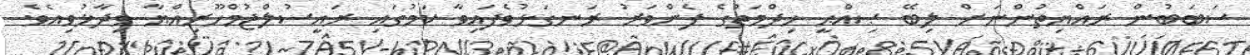
ސަބަބުން ރައްޔިތުންނަށް ލިބޭ ޞިއްޙީ ޚިދްމަތުގެ ފެންވަރު ރަނގަޅުވެފައިވާ ކަމުގައި ރައީސުލްޖުމްހޫރިއްޔާ ވިދާޅުވިއެވެ.